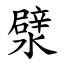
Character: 㵨